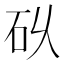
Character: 𮀌